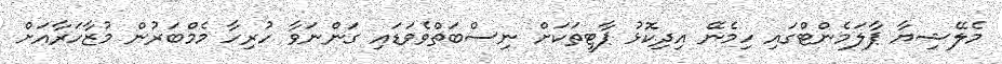
މެލޭޝިޔާ ޕާލަމެންޓްގައި ހިމެނޭ އިދިކޮޅު ޕާޓީތަކަށް ނިސްބަތްވެވަޑައި ގަންނަވާ ހުރިހާ މެމްބަރުން މުޒާހަރާއަށް